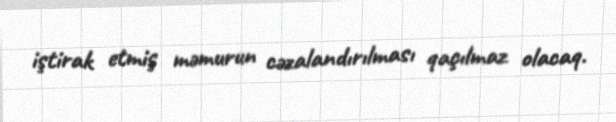
iştirak etmiş məmurun cəzalandırılması qaçılmaz olacaq.